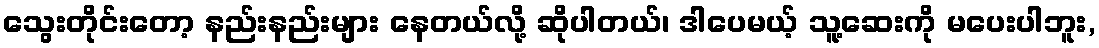
သွေးတိုင်းတော့ နည်းနည်းများ နေတယ်လို့ ဆိုပါတယ်၊ ဒါပေမယ့် သူ့ဆေးကို မပေးပါဘူး,